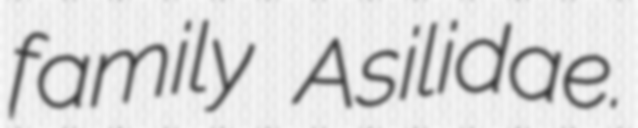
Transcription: family Asilidae.